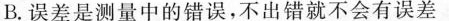
B.误差是测量中的错误，不出错就不会有误差